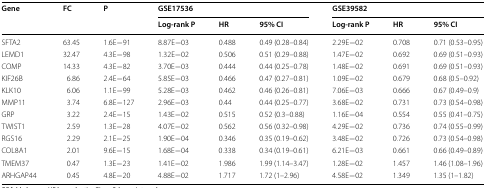
<table><thead><tr><td rowspan="2"><b>Gene</b></td><td rowspan="2"><b>FC</b></td><td rowspan="2"><b>P</b></td><td colspan="3"><b>GSE17536</b></td><td colspan="3"><b>GSE39582</b></td></tr><tr><td><b>Log-rank P</b></td><td><b>HR</b></td><td><b>95% CI</b></td><td><b>Log-rank P</b></td><td><b>HR</b></td><td><b>95% CI</b></td></tr></thead><tbody><tr><td>SFTA2</td><td>63.45</td><td>1.6E−91</td><td>8.87E−03</td><td>0.488</td><td>0.49 (0.28–0.84)</td><td>2.29E−02</td><td>0.708</td><td>0.71 (0.53–0.95)</td></tr><tr><td>LEMD1</td><td>32.47</td><td>4.3E−98</td><td>1.32E−02</td><td>0.506</td><td>0.51 (0.29–0.88)</td><td>1.47E−02</td><td>0.692</td><td>0.69 (0.51–0.93)</td></tr><tr><td>COMP</td><td>14.33</td><td>4.3E−82</td><td>3.70E−03</td><td>0.444</td><td>0.44 (0.25–0.78)</td><td>1.48E−02</td><td>0.691</td><td>0.69 (0.51–0.93)</td></tr><tr><td>KIF26B</td><td>6.86</td><td>2.4E−64</td><td>5.85E−03</td><td>0.466</td><td>0.47 (0.27–0.81)</td><td>1.09E−02</td><td>0.679</td><td>0.68 (0.5–0.92)</td></tr><tr><td>KLK10</td><td>6.06</td><td>1.1E−99</td><td>5.28E−03</td><td>0.462</td><td>0.46 (0.26–0.81)</td><td>7.06E−03</td><td>0.666</td><td>0.67 (0.49–0.9)</td></tr><tr><td>MMP11</td><td>3.74</td><td>6.8E−127</td><td>2.96E−03</td><td>0.44</td><td>0.44 (0.25–0.77)</td><td>3.68E−02</td><td>0.731</td><td>0.73 (0.54–0.98)</td></tr><tr><td>GRP</td><td>3.22</td><td>2.4E−15</td><td>1.43E−02</td><td>0.515</td><td>0.52 (0.3–0.88)</td><td>1.16E−04</td><td>0.554</td><td>0.55 (0.41–0.75)</td></tr><tr><td>TWIST1</td><td>2.59</td><td>1.3E−28</td><td>4.07E−02</td><td>0.562</td><td>0.56 (0.32–0.98)</td><td>4.29E−02</td><td>0.736</td><td>0.74 (0.55–0.99)</td></tr><tr><td>RGS16</td><td>2.29</td><td>2.1E−25</td><td>1.90E−04</td><td>0.346</td><td>0.35 (0.19–0.62)</td><td>3.48E−02</td><td>0.726</td><td>0.73 (0.54–0.98)</td></tr><tr><td>COL8A1</td><td>2.01</td><td>9.6E−15</td><td>1.68E−04</td><td>0.338</td><td>0.34 (0.19–0.61)</td><td>6.21E−03</td><td>0.661</td><td>0.66 (0.49–0.89)</td></tr><tr><td>TMEM37</td><td>0.47</td><td>1.3E−23</td><td>1.41E−02</td><td>1.986</td><td>1.99 (1.14–3.47)</td><td>1.28E−02</td><td>1.457</td><td>1.46 (1.08–1.96)</td></tr><tr><td>ARHGAP44</td><td>0.45</td><td>4.8E−20</td><td>4.88E−02</td><td>1.717</td><td>1.72 (1–2.96)</td><td>4.58E−02</td><td>1.349</td><td>1.35 (1–1.82)</td></tr></tbody></table>